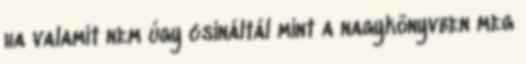
ha valamit nem úgy csináltál mint a nagykönyvben meg